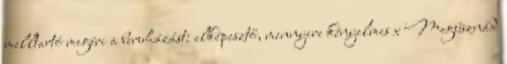
melltartó megéri a beruházást: elképesztő, mennyire kényelmes x Megúsznád